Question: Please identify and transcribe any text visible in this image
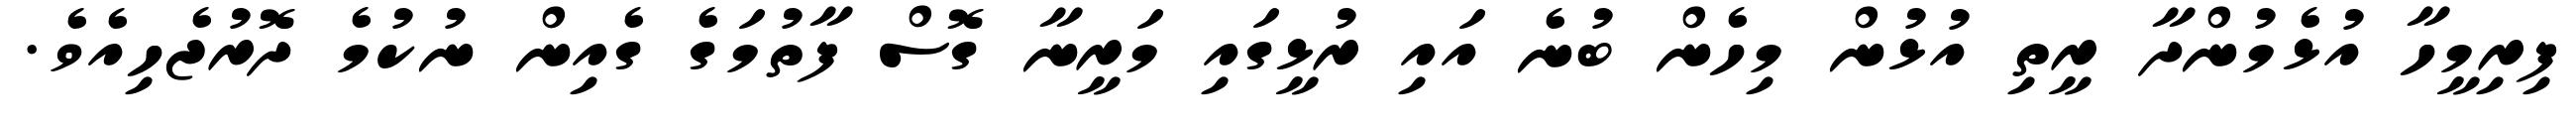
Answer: ފިރިމީހާ އުޅެމުންދާ ރީތި އުޅުން މިހެން ބުނެ އައި ރުޅީގައި މަރީނާ ގޮސް ފާތުމަގެ ގެއިން ނުކުމެ ދޮރުޖެހިއެވެ.